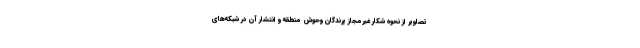
تصاویر از نحوه شکار غیرمجاز پرندگان وحوش منطقه و انتشار آن در شبکه‌های